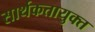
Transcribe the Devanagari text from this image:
सार्थकतायुक्त